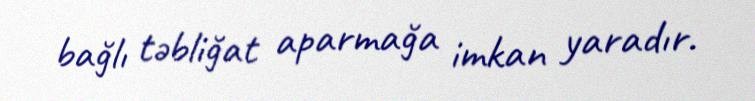
bağlı təbliğat aparmağa imkan yaradır.